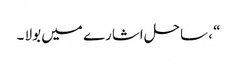
“ ، ساحل اشارے میں بولا ۔